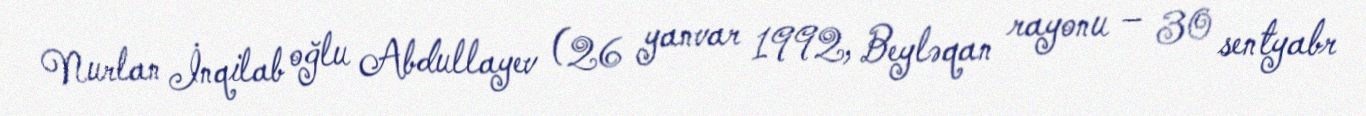
Nurlan İnqilab oğlu Abdullayev (26 yanvar 1992, Beyləqan rayonu – 30 sentyabr